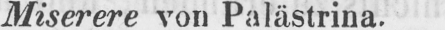
Miserere von Palästrina.